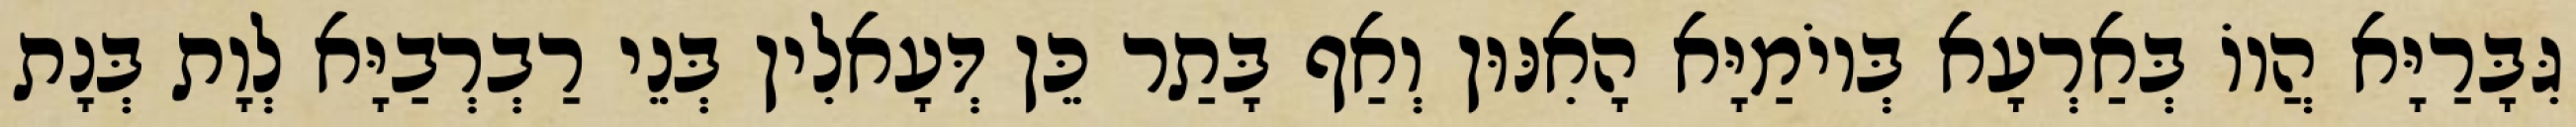
גִּבָּרַיָּא הֲווֹ בְּאַרְעָא בְּיוֹמַיָּא הָאִנּוּן וְאַף בָּתַר כֵּן דְּעָאלִין בְּנֵי רַבְרְבַיָּא לְוָת בְּנָת